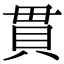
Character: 貫